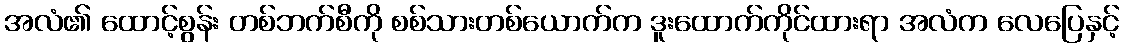
အလံ၏ ထောင့်စွန်း တစ်ဘက်စီကို စစ်သားတစ်ယောက်က ဒူးထောက်ကိုင်ထားရာ အလံက လေပြေနှင့်